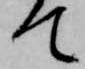
て